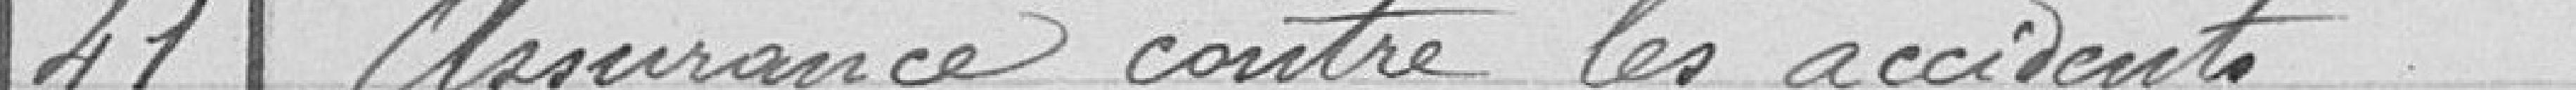
41 Assurance conter les accidents